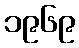
၁၉၆၉